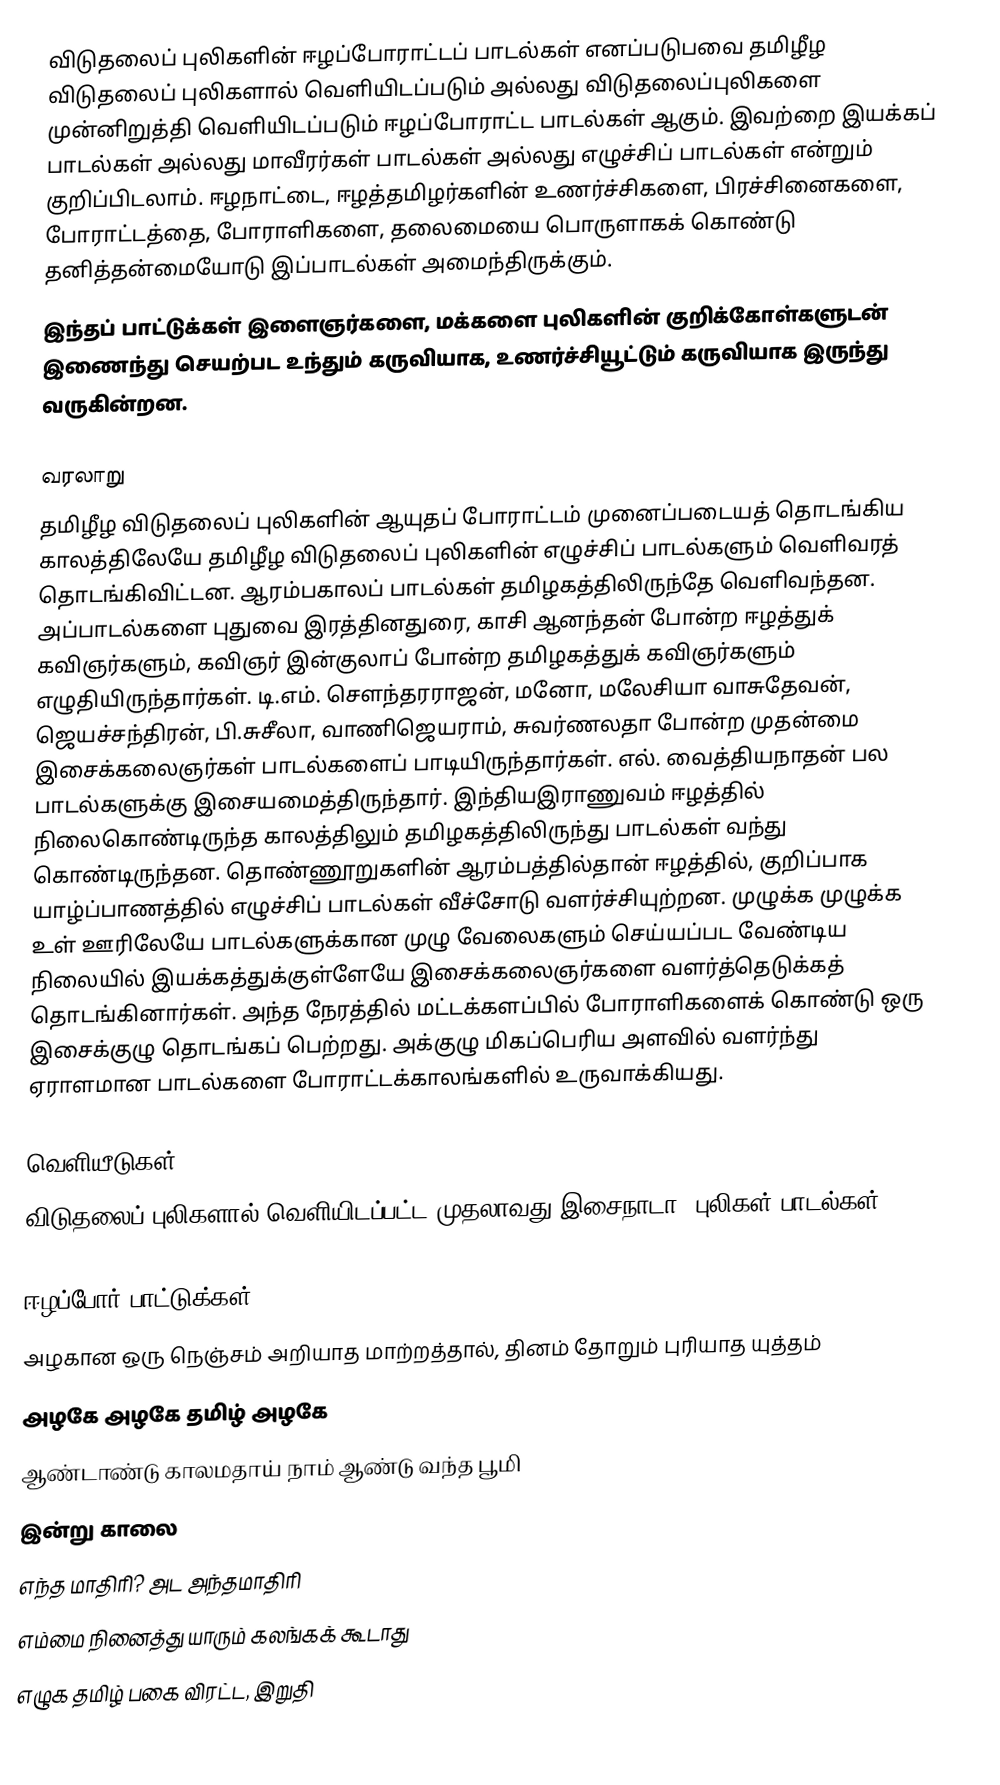
விடுதலைப் புலிகளின் ஈழப்போராட்டப் பாடல்கள் எனப்படுபவை தமிழீழ விடுதலைப் புலிகளால் வெளியிடப்படும் அல்லது விடுதலைப்புலிகளை முன்னிறுத்தி வெளியிடப்படும் ஈழப்போராட்ட பாடல்கள் ஆகும்.  இவற்றை இயக்கப் பாடல்கள் அல்லது மாவீரர்கள் பாடல்கள் அல்லது எழுச்சிப் பாடல்கள் என்றும் குறிப்பிடலாம். ஈழநாட்டை, ஈழத்தமிழர்களின் உணர்ச்சிகளை, பிரச்சினைகளை, போராட்டத்தை, போராளிகளை, தலைமையை பொருளாகக் கொண்டு தனித்தன்மையோடு இப்பாடல்கள் அமைந்திருக்கும்.
இந்தப் பாட்டுக்கள் இளைஞர்களை, மக்களை புலிகளின் குறிக்கோள்களுடன் இணைந்து செயற்பட உந்தும் கருவியாக, உணர்ச்சியூட்டும் கருவியாக இருந்து வருகின்றன.

வரலாறு
தமிழீழ விடுதலைப் புலிகளின் ஆயுதப் போராட்டம் முனைப்படையத் தொடங்கிய காலத்திலேயே தமிழீழ விடுதலைப் புலிகளின் எழுச்சிப் பாடல்களும் வெளிவரத் தொடங்கிவிட்டன. ஆரம்பகாலப் பாடல்கள் தமிழகத்திலிருந்தே வெளிவந்தன. அப்பாடல்களை புதுவை இரத்தினதுரை, காசி ஆனந்தன் போன்ற ஈழத்துக் கவிஞர்களும், கவிஞர் இன்குலாப் போன்ற தமிழகத்துக் கவிஞர்களும் எழுதியிருந்தார்கள். டி.எம். செளந்தரராஜன், மனோ, மலேசியா வாசுதேவன், ஜெயச்சந்திரன், பி.சுசீலா, வாணிஜெயராம், சுவர்ணலதா போன்ற முதன்மை இசைக்கலைஞர்கள் பாடல்களைப் பாடியிருந்தார்கள். எல். வைத்தியநாதன் பல பாடல்களுக்கு இசையமைத்திருந்தார். இந்தியஇராணுவம் ஈழத்தில் நிலைகொண்டிருந்த காலத்திலும் தமிழகத்திலிருந்து பாடல்கள் வந்து கொண்டிருந்தன. தொண்ணூறுகளின் ஆரம்பத்தில்தான் ஈழத்தில், குறிப்பாக யாழ்ப்பாணத்தில் எழுச்சிப் பாடல்கள் வீச்சோடு வளர்ச்சியுற்றன. முழுக்க முழுக்க உள் ஊரிலேயே பாடல்களுக்கான முழு வேலைகளும் செய்யப்பட வேண்டிய நிலையில் இயக்கத்துக்குள்ளேயே இசைக்கலைஞர்களை வளர்த்தெடுக்கத் தொடங்கினார்கள். அந்த நேரத்தில் மட்டக்களப்பில் போராளிகளைக் கொண்டு ஒரு இசைக்குழு தொடங்கப் பெற்றது. அக்குழு  மிகப்பெரிய அளவில் வளர்ந்து ஏராளமான பாடல்களை போராட்டக்காலங்களில் உருவாக்கியது.

வெளியீடுகள்
விடுதலைப் புலிகளால் வெளியிடப்பட்ட முதலாவது இசைநாடா 'புலிகள் பாடல்கள்'.

ஈழப்போர் பாட்டுக்கள்
 அழகான ஒரு நெஞ்சம் அறியாத மாற்றத்தால், தினம் தோறும் புரியாத யுத்தம்
 அழகே அழகே தமிழ் அழகே
 ஆண்டாண்டு காலமதாய் நாம் ஆண்டு வந்த பூமி
 இன்று காலை
 எந்த மாதிரி? அட அந்தமாதிரி
 எம்மை நினைத்து யாரும் கலங்கக் கூடாது
 எழுக தமிழ் பகை விரட்ட, இறுதி